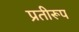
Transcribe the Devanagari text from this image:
प्रतीरूप